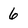
Character: 6